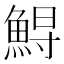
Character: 𩷥